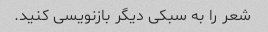
شعر را به سبکی دیگر بازنویسی کنید.